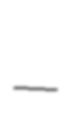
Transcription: –